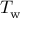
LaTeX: T _ { \mathrm { w } }